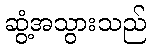
ဆွံ့အသွားသည်